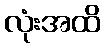
လုံးအထိ